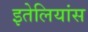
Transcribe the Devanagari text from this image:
इतेलियांस